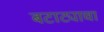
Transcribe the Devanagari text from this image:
बटाट्याचा